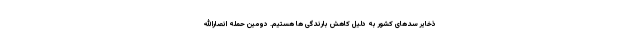
ذخایر سدهای کشور به دلیل کاهش بارندگی ها هستیم. دومین حمله انصارالله